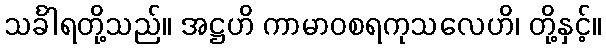
သင်္ခါရတို့သည်။ အဋ္ဌဟိ ကာမာဝစရကုသလေဟိ၊ တို့နှင့်။